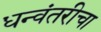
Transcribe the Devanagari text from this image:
धन्वंतरीचा